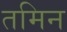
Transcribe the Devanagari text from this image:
तमिन